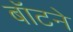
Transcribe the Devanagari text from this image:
बॉटने